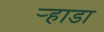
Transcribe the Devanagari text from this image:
र्‍हाडा